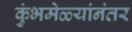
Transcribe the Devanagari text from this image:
कुंभमेळ्यांनंतर